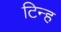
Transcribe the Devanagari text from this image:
टिन्ह